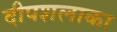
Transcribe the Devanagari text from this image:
दीपशलाका